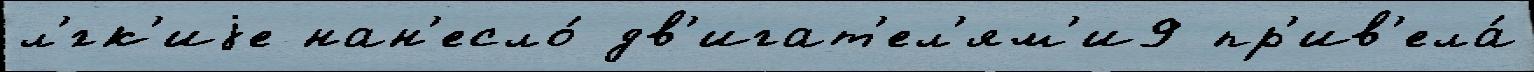
л'́гк'иjе нан'есло́ дв'игат'ел'ям'и9 пр'ив'ела́